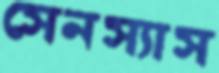
সেনস্যাস